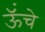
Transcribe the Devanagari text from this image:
ऊॅंचे